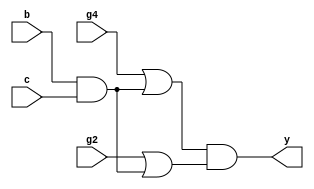
module top_eco(b, c, g2, g4, y);
  input b, c, g2, g4;
  output y;
  wire ng9, ng11, ng12;
  and eco1 (y, ng11, ng12);
  and eco2 (ng9, b, c);
  or eco3 (ng11, g4, ng9);
  or eco4 (ng12, g2, ng9);
endmodule
// cost:8